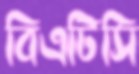
বিএটিসি